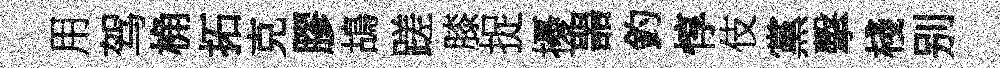
用驾桷拓克膠鴣蹉膝捉擾噐釣惇伎黨擊棧别